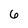
Character: 6